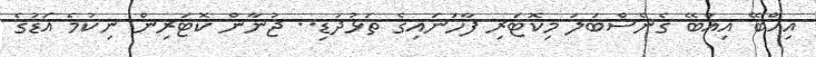
އިއްބޭ އިއްބޭ ގެނެސްބަލަ މިކޮޓަރި ފާހަނައިގެ ތަޅުދަޑި.. ޖުނާން ކޮޓަރިން ނިކުމެ އަޑުގެ